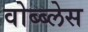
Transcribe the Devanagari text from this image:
वोब्ब्लेस